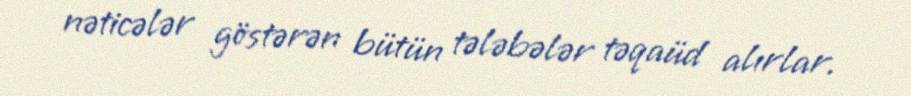
nəticələr göstərən bütün tələbələr təqaüd alırlar.